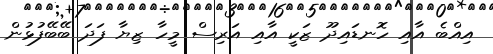
އިއްބެ އާއި ހޮނޑައިދޫ ޒަކީ އާއި އަރިސް މީހާ ޒިޔާ ފަދަ ބޭބޭފުޅުން